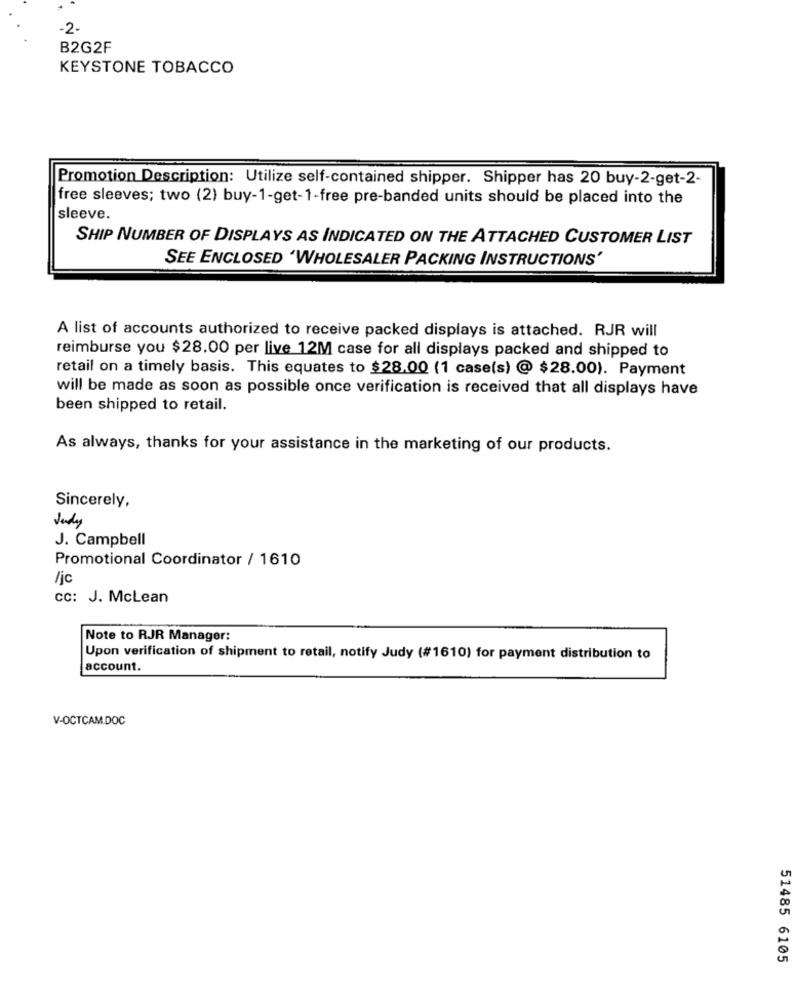
-2.
B2G2F
KEYSTONE TOBACCO
Promotion Description: Utilize self-contained shipper. Shipper has 20 buy-2-get-2-
free sleeves; two (2) buy-1-get-1-free pre-banded units should be placed into the
sleeve.
SHIP NUMBER OF DISPLAYS AS INDICATED ON THE ATTACHED CUSTOMER LIST
SEE ENCLOSED 'WHOLESALER PACKING INSTRUCTIONS'
A list of accounts authorized to receive packed displays is attached. RJR will
reimburse you $28.00 per live 12M case for all displays packed and shipped to
retail on a timely basis. This equates to $28.00 (1 case(s) @ $28.00). Payment
will be made as soon as possible once verification is received that all displays have
been shipped to retail.
As always, thanks for your assistance in the marketing of our products.
Sincerely,
Judy
J. Campbell
Promotional Coordinator / 1610
/jc
CC: J. Mclean
Note to RJR Manager:
Upon verification of shipment to retail, notify Judy (#1610) for payment distribution to
account.
V-OCTCAM.DOC
51485 6105